Distribution and causation of leprosy in British India
Year: 1875
Disease focus: Leprosy
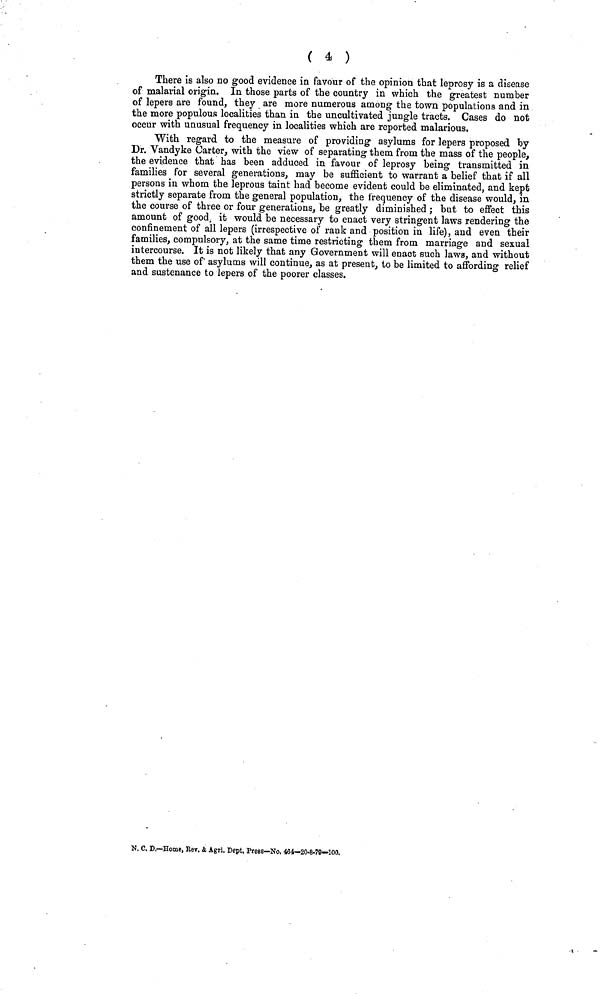
( 4 )
There is also no good evidence in favour of the opinion that leprosy is a disease
of malarial origin. In those parts of the country in which the greatest number
of lepers are found, they are more numerous among the town populations and in
the more populous localities than in the uncultivated jungle tracts. Cases do not
occur with unusual frequency in localities which are reported malarious.
With regard to the measure of providing asylums for lepers proposed by
Dr. Vandyke Carter, with the view of separating them from the mass of the people,
the evidence that has been adduced in favour of leprosy being transmitted in
families for several generations, may be sufficient to warrant a belief that if all
persons in whom the leprous taint had become evident could be eliminated, and kept
strictly separate from the general population, the frequency of the disease would, in
the course of three or four generations, be greatly diminished ; but to effect this
amount of good, it would be necessary to enact very stringent laws rendering the
confinement of all lepers (irrespective of rank and position in life), and even their
families, compulsory, at the same time restricting them from marriage and sexual
intercourse. It is not likely that any Government will enact such laws, and without
them the use of asylums will continue, as at present, to be limited to affording relief
and sustenance to lepers of the poorer classes.
U. C. P.—Home, Kev. & Àgri, Dcpt. Frees—No. 464—20-8-70—100.